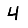
Digit: 4